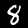
Label: 8